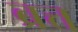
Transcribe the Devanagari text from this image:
ब्रत्त